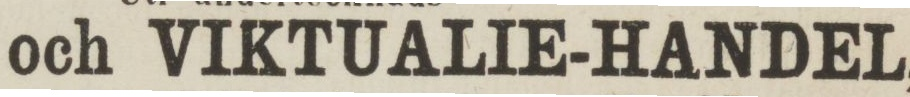
SPECERI- och VIKTUALIE-HANDEL,